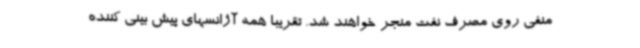
منفی روی مصرف نفت منجر خواهند شد. تقریبا همه آژانسهای پیش بینی کننده